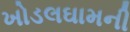
ખોડલઘામની